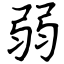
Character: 弱